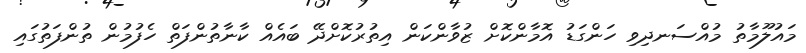
މައުލޫމާތު މުއްސަނދިވި ހަންގަޑު އޮމާންކޮށް ޒުވާންކަން އިތުރުކޮށްދޭ ބައެއް ކާނާތުންފަތް ހެފުމުން ތުންފަތުގައި